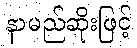
နာမည်ဆိုးဖြင့်